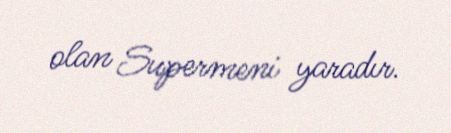
olan Supermeni yaradır.